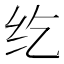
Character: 纥